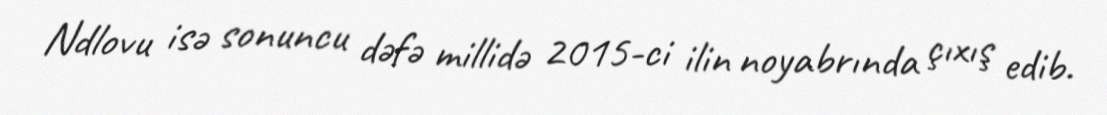
Ndlovu isə sonuncu dəfə millidə 2015-ci ilin noyabrında çıxış edib.